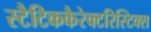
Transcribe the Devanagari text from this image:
स्टैटिककैरेक्टरिस्टिक्स